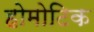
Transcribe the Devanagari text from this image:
होमोटिक